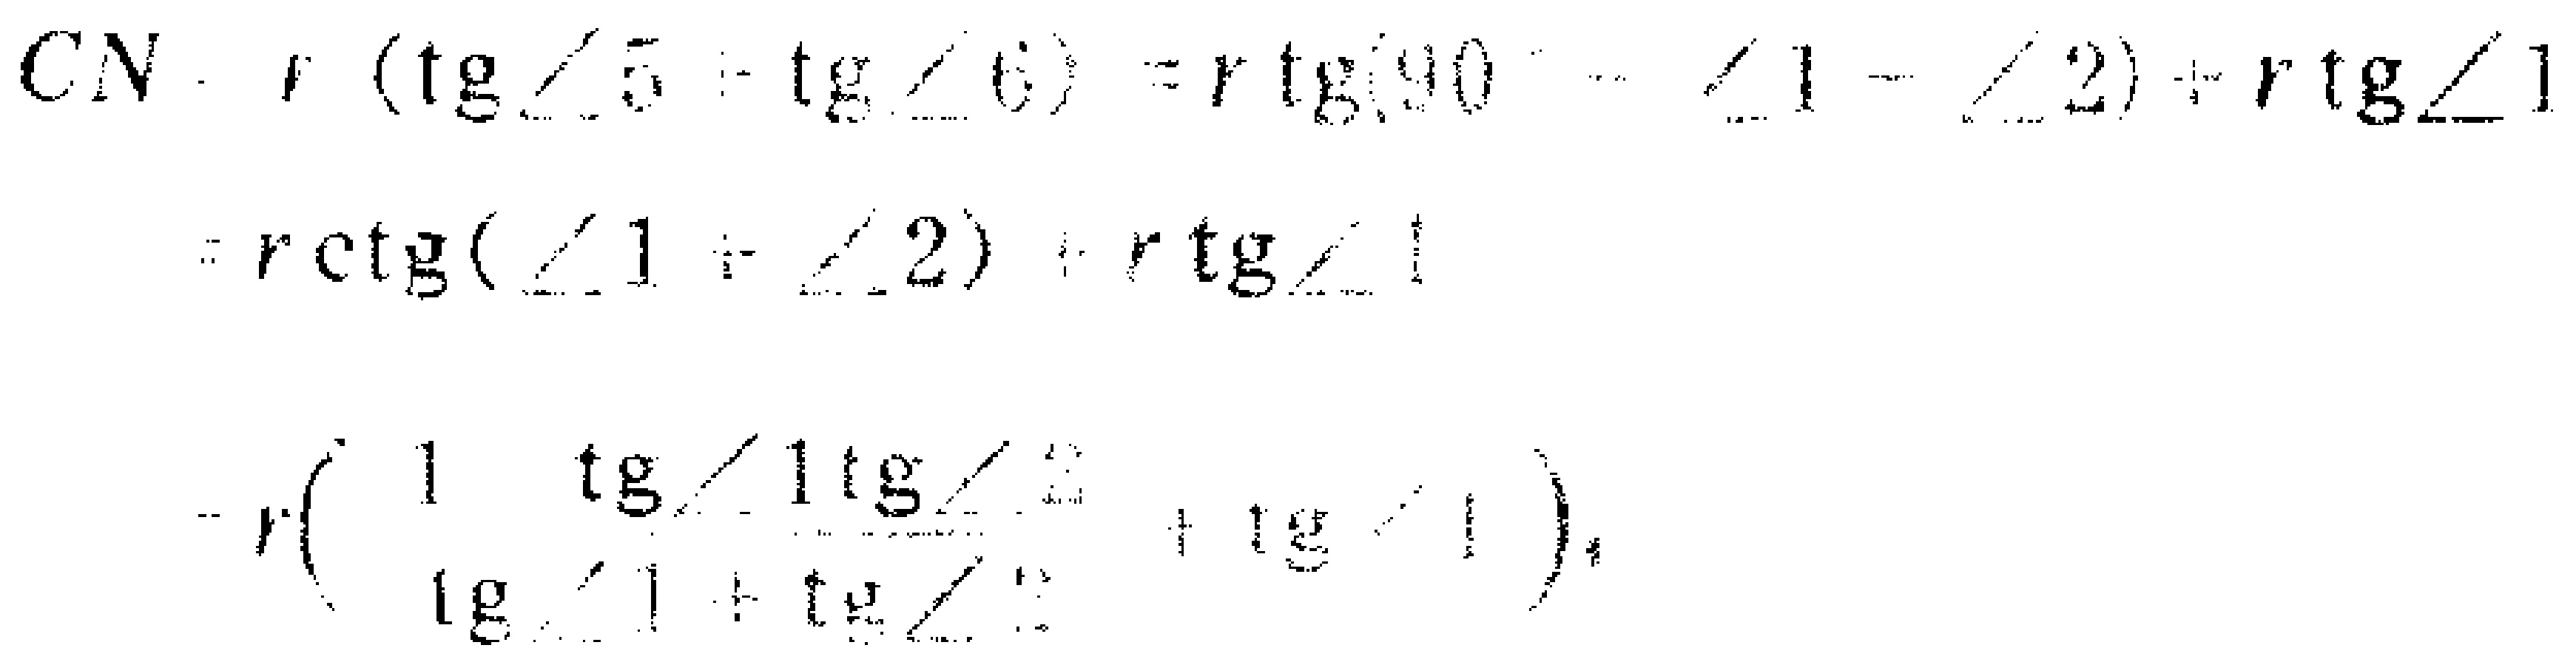
\[

\begin{align*}

CN\cdot r(\tg\angle5 - \tg\angle6)&=r\tg(90^{\circ}-\angle1 - \angle2)+r\tg\angle1\\

&=r\ctg(\angle1+\angle2)+r\tg\angle1\\

&=r\left(\frac{1 - \tg\angle1\tg\angle2}{\tg\angle1+\tg\angle2}+\tg\angle1\right)

\end{align*}

\]